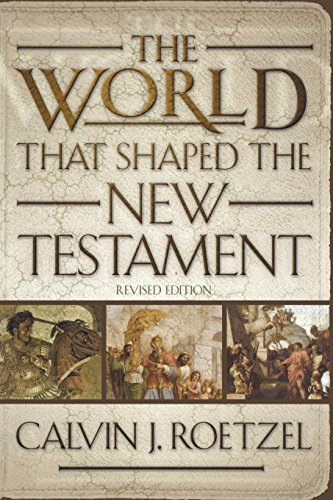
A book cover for The World That Shaped the New Testament, Revised Edition; Calvin J. Roetzel; Christian Books & Bibles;